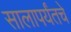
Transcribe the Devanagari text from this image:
सालापर्यंतचे